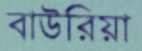
বাউরিয়া